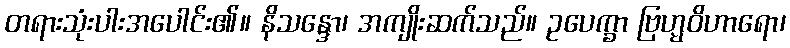
တရားသုံးပါးအပေါင်း၏။ နိသန္ဒော၊ အကျိုးဆက်သည်။ ဥပေက္ခာ ဗြဟ္မဝိဟာရော၊